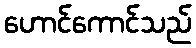
ဟောင်ကောင်သည်